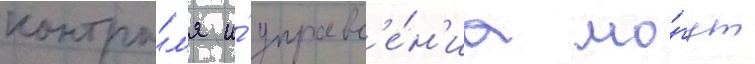
контро́л'я и́ управл'е́н'иа мо́гут